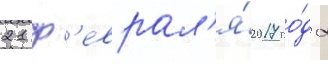
21 ф'еврал'я́ 2017 го́да